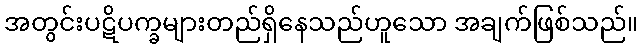
အတွင်းပဋိပက္ခများတည်ရှိနေသည်ဟူသော အချက်ဖြစ်သည်။